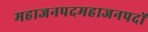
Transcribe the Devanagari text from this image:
महाजनपदमहाजनपदों